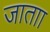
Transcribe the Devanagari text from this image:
जाताा